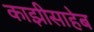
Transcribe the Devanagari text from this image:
काझीसाहेब